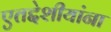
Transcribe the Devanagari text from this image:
एतद्देशीयांना